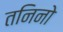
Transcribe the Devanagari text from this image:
तनिनो